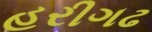
હરીગઢ